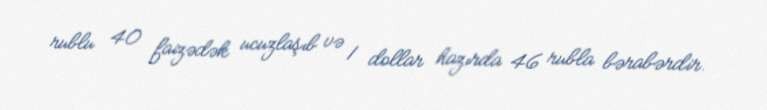
rublu 40 faizədək ucuzlaşıb və 1 dollar hazırda 46 rubla bərabərdir.